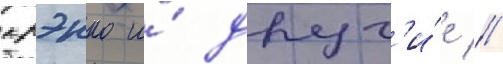
крэнко и́ друг'и́е //